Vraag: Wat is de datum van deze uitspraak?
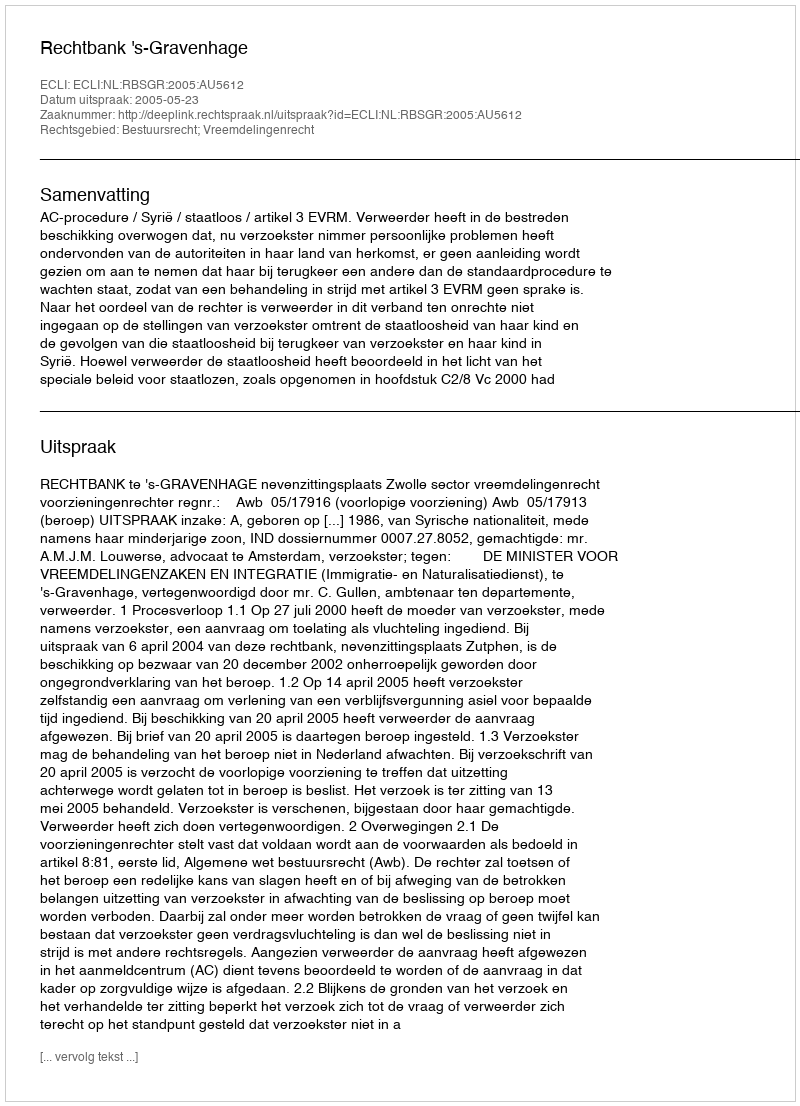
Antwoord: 2005-05-23